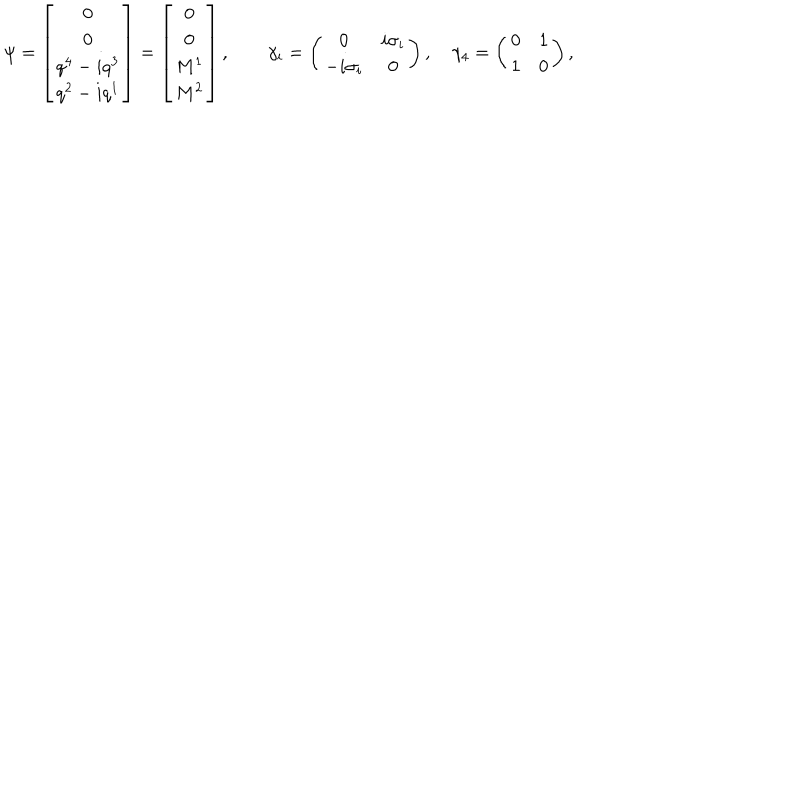
LaTeX: \psi = \left[ \begin{matrix} { { 0 } } \\ { { 0 } } \\ { { q ^ { 4 } - i q ^ { 3 } } } \\ { { q ^ { 2 } - i q ^ { 1 } } } \\ \end{matrix} \right] = \left[ \begin{matrix} { { 0 } } \\ { { 0 } } \\ { { M ^ { 1 } } } \\ { { M ^ { 2 } } } \\ \end{matrix} \right] , \quad \quad \gamma _ { i } = \left( \begin{matrix} { { 0 } } & { { i \sigma _ { i } } } \\ { { - i \sigma _ { i } } } & { { 0 } } \\ \end{matrix} \right) , \quad \gamma _ { 4 } = \left( \begin{matrix} { { 0 } } & { { 1 } } \\ { { 1 } } & { { 0 } } \\ \end{matrix} \right) ,